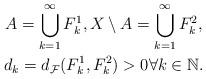
LaTeX: \begin{gather*}A=\bigcup_{k=1}^\infty F_k^1,X\setminus A=\bigcup_{k=1}^\infty F_k^2,\\d_k=d_{\mathcal F}(F_k^1,F_k^2)>0\forall k\in\mathbb N.\end{gather*}